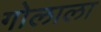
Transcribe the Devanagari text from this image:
गोलाला